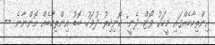
އިންތިހާބެއްގައި މީހަކު ވޯޓް ދެނީ: ހޮނިހިރު ދުވަހު ބޮޑު އިންތިހާބެއް އޮންނާނެ --